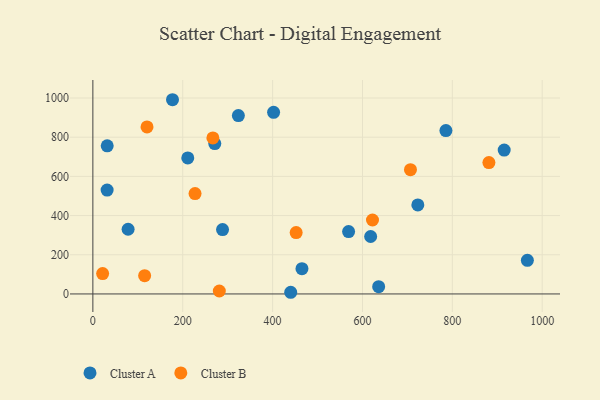
{"axis": {"x": "Ad Spend", "y": "Exam Score"}, "legend": ["Cluster A", "Cluster B"], "data": [{"x": "31.7", "y": 530.0, "type": "Cluster A"}, {"x": "402.2", "y": 926.8, "type": "Cluster A"}, {"x": "636.0", "y": 37.0, "type": "Cluster A"}, {"x": "569.1", "y": 318.4, "type": "Cluster A"}, {"x": "211.2", "y": 694.2, "type": "Cluster A"}, {"x": "177.2", "y": 991.3, "type": "Cluster A"}, {"x": "967.0", "y": 171.4, "type": "Cluster A"}, {"x": "31.9", "y": 756.2, "type": "Cluster A"}, {"x": "288.6", "y": 328.5, "type": "Cluster A"}, {"x": "785.7", "y": 833.6, "type": "Cluster A"}, {"x": "271.3", "y": 767.5, "type": "Cluster A"}, {"x": "618.2", "y": 293.3, "type": "Cluster A"}, {"x": "323.8", "y": 910.3, "type": "Cluster A"}, {"x": "78.4", "y": 330.2, "type": "Cluster A"}, {"x": "915.4", "y": 734.5, "type": "Cluster A"}, {"x": "465.3", "y": 129.0, "type": "Cluster A"}, {"x": "723.2", "y": 454.4, "type": "Cluster A"}, {"x": "440.3", "y": 8.5, "type": "Cluster A"}, {"x": "706.8", "y": 634.5, "type": "Cluster B"}, {"x": "881.4", "y": 670.4, "type": "Cluster B"}, {"x": "281.4", "y": 14.9, "type": "Cluster B"}, {"x": "622.3", "y": 377.5, "type": "Cluster B"}, {"x": "267.1", "y": 796.1, "type": "Cluster B"}, {"x": "115.2", "y": 93.0, "type": "Cluster B"}, {"x": "21.7", "y": 104.2, "type": "Cluster B"}, {"x": "227.4", "y": 512.2, "type": "Cluster B"}, {"x": "120.5", "y": 852.7, "type": "Cluster B"}, {"x": "452.4", "y": 313.0, "type": "Cluster B"}]}